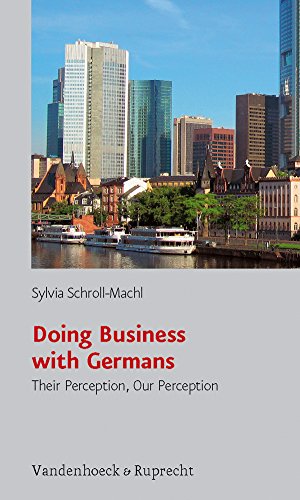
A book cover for Doing Business with Germans: Their Perception, Our Perception; Sylvia Schroll-Machl; Business & Money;